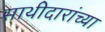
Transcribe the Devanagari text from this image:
साथीदारांच्या